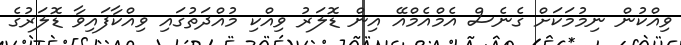
ވިއްކުން ނިމުމަކަށް ގެނެސް އެމްއެމްއޭ އިން ޑޮލަރު ވިއްކި މުއްދަތުގައި ވިއްކާފައިވާ ޑޮލަރުގެ